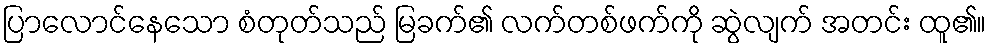
ပြာလောင်နေသော စံတုတ်သည် မြခက်၏ လက်တစ်ဖက်ကို ဆွဲလျက် အတင်း ထူ၏။